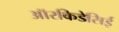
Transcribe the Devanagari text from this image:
ऑरकिडेसिई